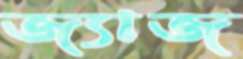
জ্যাজ